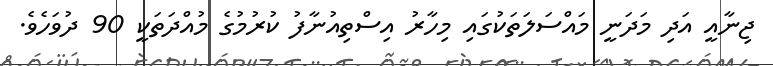
ޖިނާއީ އަދި މަދަނީ މައްސަލަތަކުގައި މިހާރު އިސްތިއުނާފު ކުރުމުގެ މުއްދަތަކީ 90 ދުވަހެވެ.